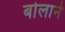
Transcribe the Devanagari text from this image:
बोलाने